Riigikantselei, lk 73
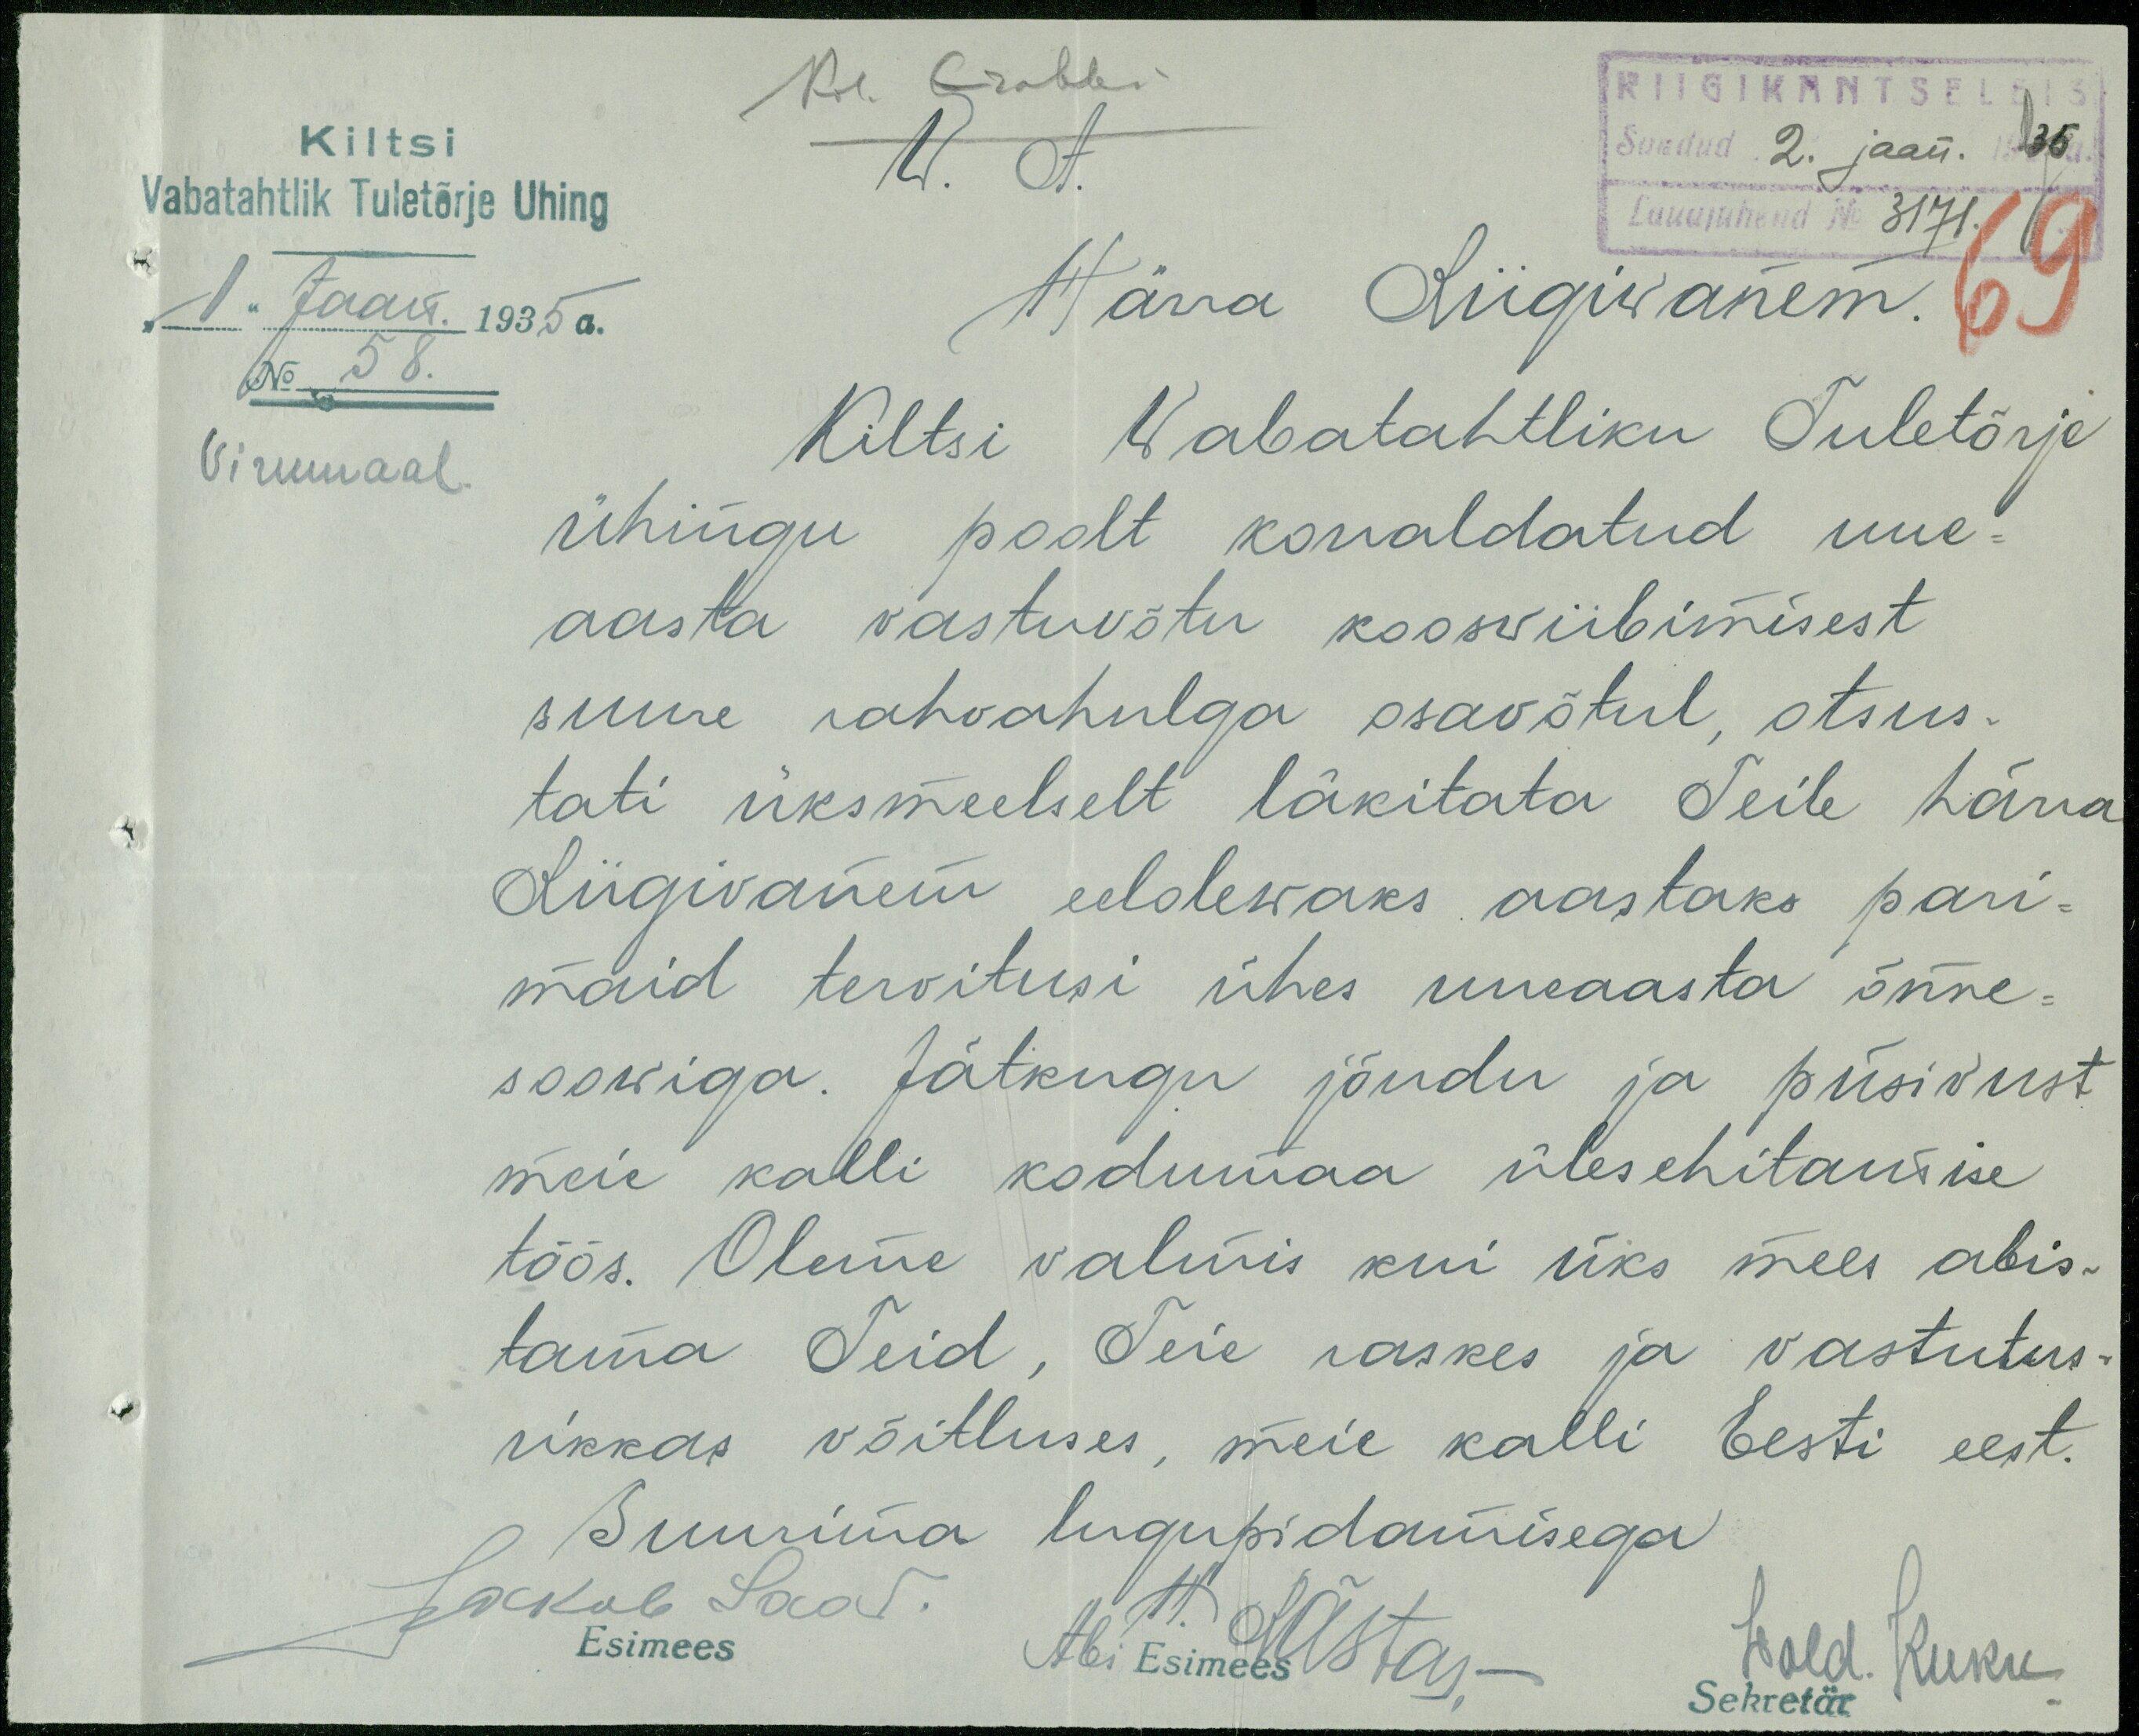
Kiltsi
Vabatahtlik Tuletõrje Uhing
"1" Jaan. 1935 a.
No 58
Virumaal
RIIGIKANTSELEI
Saadud 2. jaan. 1935a.
Lauajuhend No 3171.
Kol. Grabbe
V. A.
Härra Riigivanem.
69
Kiltsi Vabatahtliku Tuletõrje
ühingu poolt korraldatud uue-
aasta  vastvõtu koosviibimisest
suure rahvahulga osavõtul, otsus-
tati üksmeelselt läkitata Teile härra
Riigivanem eelolevaks aastaks pari-
maid tervitusi ühes uueaasta õnne-
sooviga. Jätkugu jõudu ja püsivust
meie kalli kodumaa ülesehitamise
töös- Oleme valmis kui üks mees abis-
tama Teid, teie raskes ja vastutus-
rikkas võitluses, meie kalli Eesti eest.
Suurima lugupidamisega
Jakob Saar
H. Rästas.
Esimees
Abi Esimees
Vold. Kuku
Sekretär